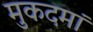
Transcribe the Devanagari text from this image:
मुकदमां